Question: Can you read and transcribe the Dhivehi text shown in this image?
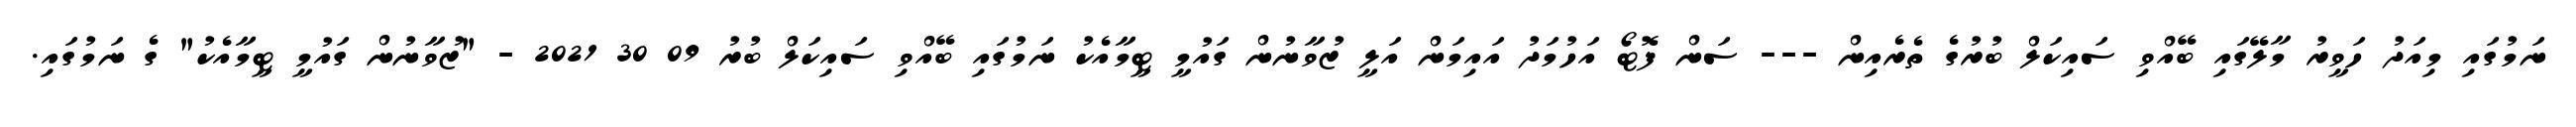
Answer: ނަމުގައި މިއަދު ހަވީރު މާލޭގައި ބޭއްވި ސައިކަލް ބުރުގެ ތެރެއިން --- ސަން ފޮޓޯ އަހުމަދު އައިމަން އަލީ ޒުވާނުން ގައުމީ ޓީމާއެކު ނަމުގައި ބޭއްވި ސައިކަލް ބުރު 09 30 2021 - "ޒުވާނުން ގައުމީ ޓީމާއެކު" ގެ ނަމުގައި.